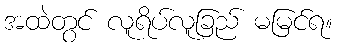
အထဲတွင် လူရိပ်လူခြည် မမြင်ရ။